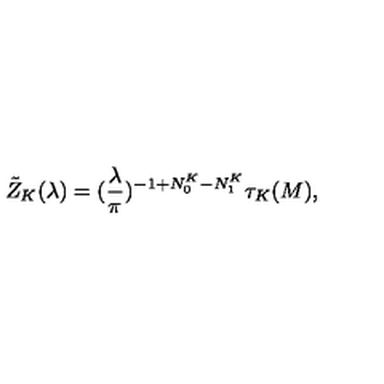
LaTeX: \tilde { Z } _ { K } ( \lambda ) = ( \frac { \lambda } { \pi } ) ^ { - 1 + N _ { 0 } ^ { K } - N _ { 1 } ^ { K } } \tau _ { K } ( M ) ,